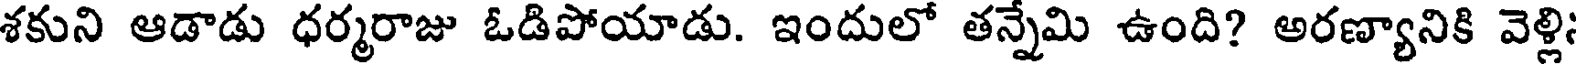
శకుని ఆడాడు ధర్మరాజు ఓడిపోయాడు. ఇందులో తన్నేమి ఉంది? అరణ్యానికి వెళ్లి